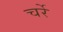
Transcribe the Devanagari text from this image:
चर्रे